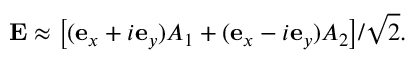
{ \bf E } \approx \big [ ( { \bf e } _ { x } + i { \bf e } _ { y } ) A _ { 1 } + ( { \bf e } _ { x } - i { \bf e } _ { y } ) A _ { 2 } \big ] / \sqrt { 2 } .